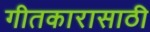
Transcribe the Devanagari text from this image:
गीतकारासाठी